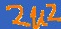
Text: 2u2